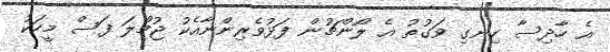
އެ ހާދިސާ ހިނގި ވަގުތު އެ ލޯންޗުން ފަޅުވެރިންނާއެކު ޖުމްލަ ފަސް މީހަކު